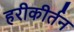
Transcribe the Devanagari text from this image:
हरीकीर्तन